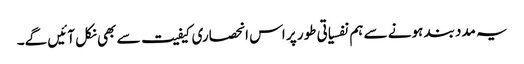
یہ مدد بند ہونے سے ہم نفسیاتی طور پر اس انحصاری کیفیت سے بھی نکل آئیں گے۔